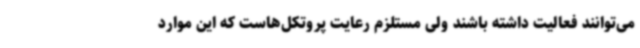
می‌توانند فعالیت داشته باشند ولی مستلزم رعایت پروتکل‌هاست که این موارد